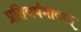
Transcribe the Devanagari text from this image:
प्रतिवर्षमादरत्